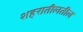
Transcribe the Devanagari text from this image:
शहरातीलतील